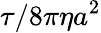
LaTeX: \tau/8\pi\eta a^{2}